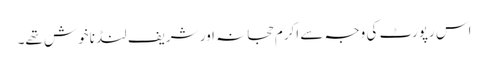
اس رپورٹ کی وجہ سے اکرم حجانہ اور شریف لنڈ ناخوش تھے۔